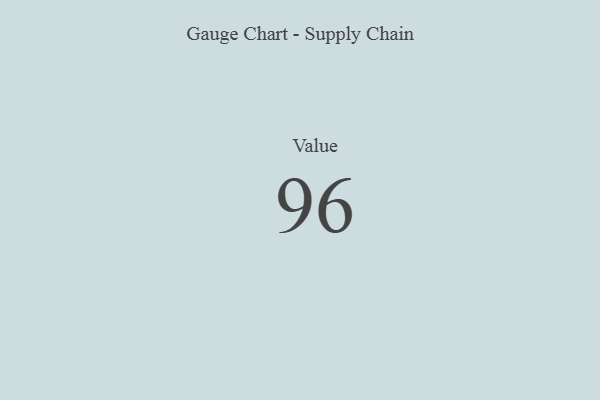
{"axis": {"x": "Metric", "y": "Value"}, "legend": [""], "data": [{"x": "Value", "y": 96, "type": ""}]}